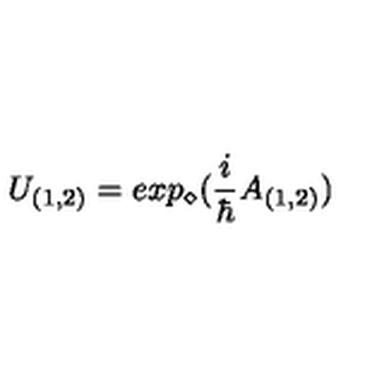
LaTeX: U _ { ( 1 , 2 ) } = e x p _ { \diamond } ( \frac { i } { \hbar } A _ { ( 1 , 2 ) } )